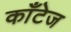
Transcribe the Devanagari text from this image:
काँटेज